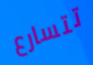
تتسارع